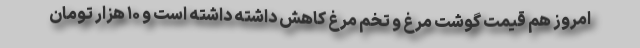
امروز هم قیمت گوشت مرغ و تخم مرغ کاهش داشته داشته است و ۱۰ هزار تومان